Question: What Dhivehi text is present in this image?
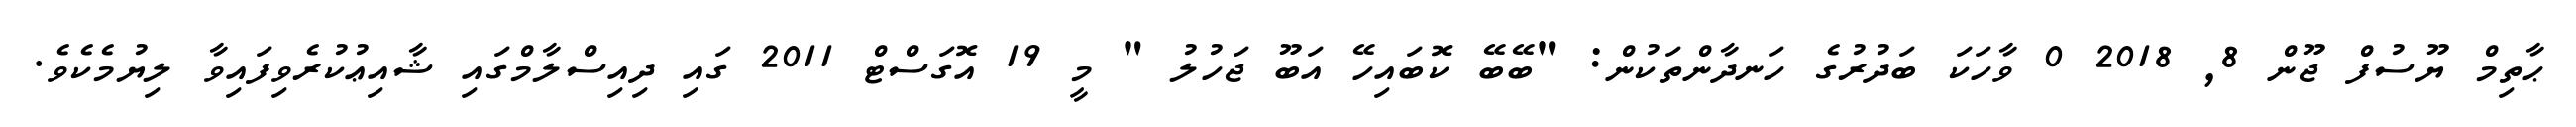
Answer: ޙާތިމް ޔޫސުފް ޖޫން 8, 2018 0 ވާހަކަ ބަދުރުގެ ހަނދާންތަކުން: "ބޭބޭ ކޮބައިހޭ އަބޫ ޖަހުލު " މީ 19 އޮގަސްޓް 2011 ގައި ދިއިސްލާމްގައި ޝާއިޢުކުރެވިފައިވާ ލިޔުމެކެވެ.